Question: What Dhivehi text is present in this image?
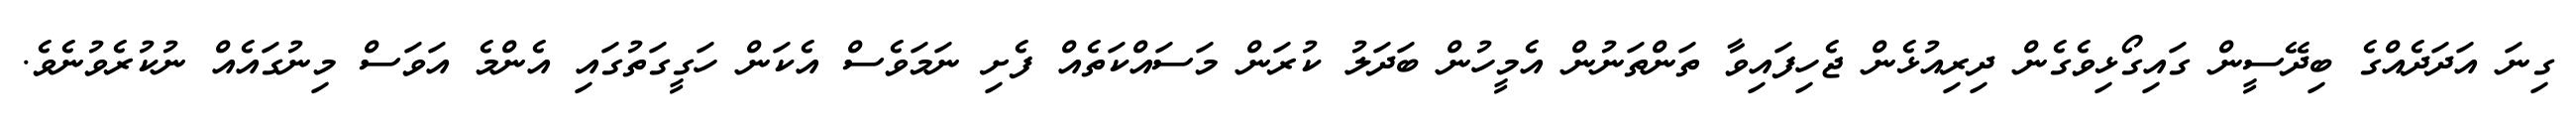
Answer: ގިނަ އަދަދެއްގެ ބިދޭސީން ގައިގޯޅިވެގެން ދިރިއުޅެން ޖެހިފައިވާ ތަންތަނުން އެމީހުން ބަދަލު ކުރަން މަސައްކަތެއް ފެށި ނަމަވެސް އެކަން ހަގީގަތުގައި އެންމެ އަވަސް މިނުގައެއް ނުކުރެވުނެވެ.